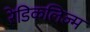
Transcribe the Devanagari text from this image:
रेडिकलिज्म